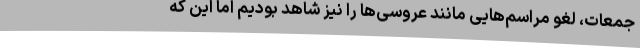
جمعات، لغو مراسم‌هایی مانند عروسی‌ها را نیز شاهد بودیم اما این که